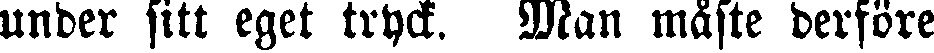
under sitt eget tryck. Man måste derföre